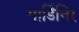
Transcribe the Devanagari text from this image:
गार्डिनिर